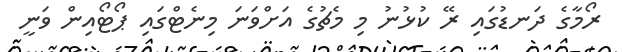
ރޯމާގެ ދަނޑުގައި ރޭ ކުޅުނު މި މެޗުގެ އަށްވަނަ މިނެޓްގައި ޕޯޓޯއިން ވަނީ